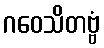
ဂဝေသိတဗ္ဗံ